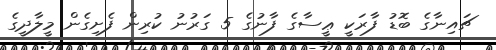
ޗައިނާގެ ބޮޑު ފާރަކީ ޢީސާގެ ފާނުގެ 5 ގަރުނު ކުރިން ފެށިގެން މީލާދީގެ